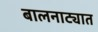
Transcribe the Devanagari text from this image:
बालनाट्यात